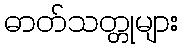
ဓာတ်သတ္တုများ